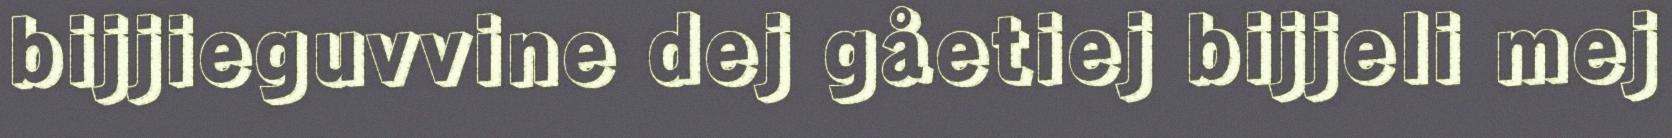
bijjieguvvine dej gåetiej bijjeli mej